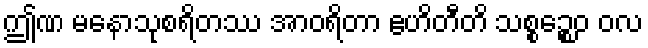
ဤဏ မနောသုစရိတဿ အာဝရိတာ ဧဟိတီတိ သစ္စဉ္စေဝ ဝလ